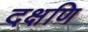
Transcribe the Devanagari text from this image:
दक्षणि